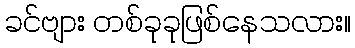
ခင်ဗျား တစ်ခုခုဖြစ်နေသလား။